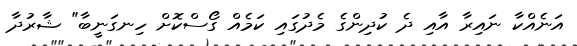
އަނެއްކާ ނައިރާ އާއި ދެ ކުދިންގެ މެދުގައި ކަމެއް ގޯސްކޮށް ހިނގަނީބާ" ޝާރުދާ